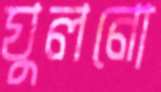
ঘুলনো